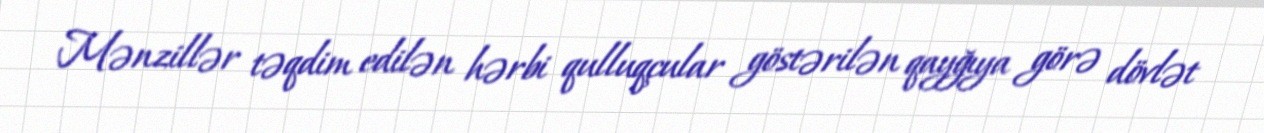
Mənzillər təqdim edilən hərbi qulluqçular göstərilən qayğıya görə dövlət